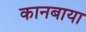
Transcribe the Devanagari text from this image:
कानबाया